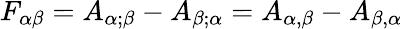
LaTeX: F_{\alpha\beta}=A_{\alpha;\beta}-A_{\beta;\alpha}=A_{\alpha,\beta}-A_{\beta,\alpha}